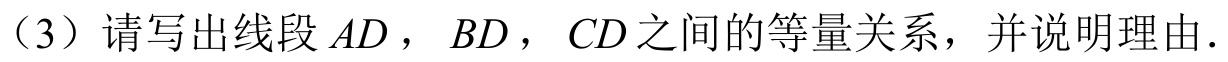
（3）请写出线段\(AD\)，\(BD\)，\(CD\)之间的等量关系，并说明理由.